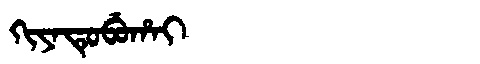
Manchu: ᡴᡳᠶᠠᡨᡠᠪᡠᡥᠠᡳ
Romanization: KIYATUBUHAI